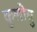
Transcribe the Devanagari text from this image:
कुलोत्तु